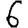
Digit: 6